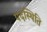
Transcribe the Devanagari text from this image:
पदस्थिति